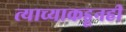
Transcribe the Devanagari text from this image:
त्याच्याकडूनही